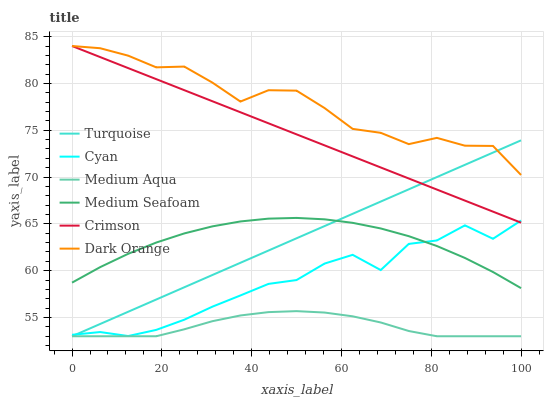
| xaxis_label | Turquoise | Cyan | Medium Aqua | Medium Seafoam | Crimson | Dark Orange |
 | --- | --- | --- | --- | --- | --- | --- |
 | 0 | 53 | 53.2 | 53 | 58.7 | 84 | 84 |
 | 6.25 | 54.3 | 53.4 | 53 | 60.4 | 82.8 | 83.8 |
 | 12.5 | 55.6 | 53 | 53 | 61.8 | 81.6 | 83 |
 | 18.8 | 56.9 | 53.7 | 53 | 63 | 80.5 | 81.7 |
 | 25 | 58.2 | 54.8 | 53.7 | 64 | 79.3 | 81.8 |
 | 31.2 | 59.5 | 56.2 | 54.6 | 64.7 | 78.1 | 80.1 |
 | 37.5 | 60.8 | 57.4 | 55.2 | 65.3 | 76.9 | 78.1 |
 | 43.8 | 62.2 | 58.6 | 55.6 | 65.6 | 75.7 | 79.3 |
 | 50 | 63.5 | 59 | 55.7 | 65.6 | 74.6 | 79.2 |
 | 56.2 | 64.8 | 60.8 | 55.5 | 65.5 | 73.4 | 77.4 |
 | 62.5 | 66.1 | 61.7 | 55.1 | 65.1 | 72.2 | 75.1 |
 | 68.8 | 67.4 | 60.1 | 54.5 | 64.5 | 71 | 74.7 |
 | 75 | 68.7 | 62.9 | 53.6 | 63.7 | 69.8 | 73.5 |
 | 81.2 | 70 | 63.2 | 53 | 62.6 | 68.7 | 74.2 |
 | 87.5 | 71.3 | 64.8 | 53 | 61.4 | 67.5 | 73.4 |
 | 93.8 | 72.6 | 63.4 | 53 | 59.9 | 66.3 | 73.3 |
 | 100 | 73.9 | 65.4 | 53 | 58.1 | 65.1 | 70.2 |